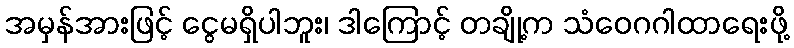
အမှန်အားဖြင့် ငွေမရှိပါဘူး၊ ဒါကြောင့် တချို့က သံဝေဂဂါထာရေးဖို့